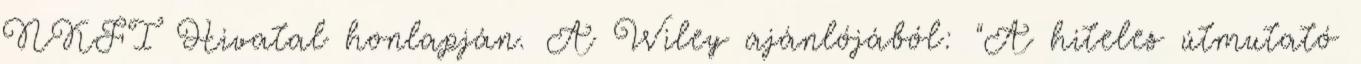
NKFI Hivatal honlapján. A Wiley ajánlójából: "A hiteles útmutató